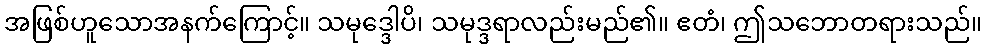
အဖြစ်ဟူသောအနက်ကြောင့်။ သမုဒ္ဒေါပိ၊ သမုဒ္ဒရာလည်းမည်၏။ ဧတံ၊ ဤသဘောတရားသည်။